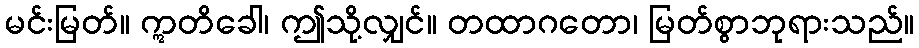
မင်းမြတ်။ ဣတိခေါ၊ ဤသို့လျှင်။ တထာဂတော၊ မြတ်စွာဘုရားသည်။